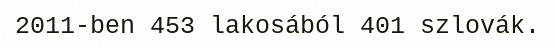
2011-ben 453 lakosából 401 szlovák.